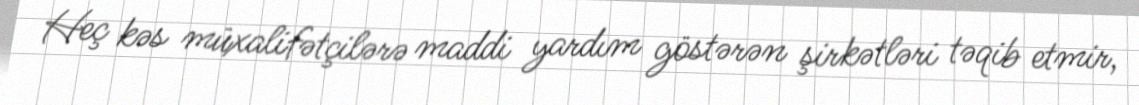
Heç kəs müxalifətçilərə maddi yardım göstərən şirkətləri təqib etmir,